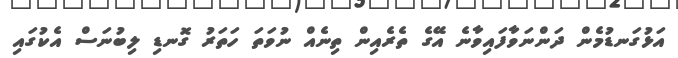
އަޅުގަނޑުމެން ދަންނަވާފައިވާނެ އޭގެ ތެރެއިން ތިނެއް ނުވަތަ ހަތަރު ގޮނޑި ލިބުނަސް އެކުގައި